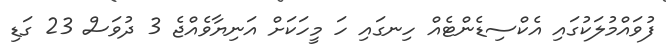
ފުވައްމުލަކުގައި އެކްސިޑެންޓެއް ހިނގައި ހަ މީހަކަށް އަނިޔާވެއްޖެ 3 ދުވަސް 23 ގަޑި